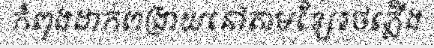
កំពុងដាក់ពង្រាយនៅតាមខ្សែរថភ្លើង